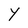
Character: Y